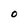
Character: 0